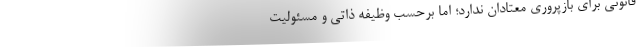
قانونی برای بازپروری معتادان ندارد؛ اما برحسب وظیفه ذاتی و مسئولیت